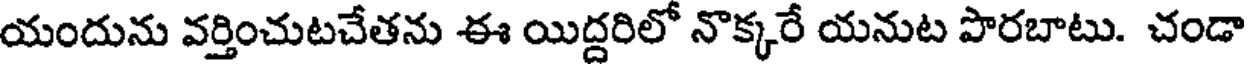
యందును వర్తించుటచేతను ఈ యిద్దరిలో నొక్కరే యనుట పొరబాటు. చండా